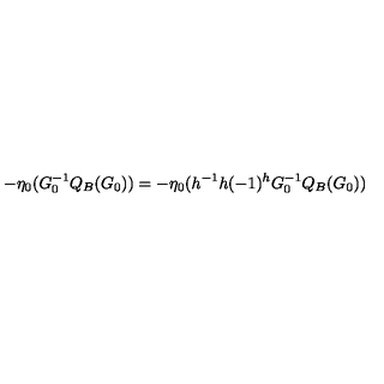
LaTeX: - \eta _ { 0 } ( G _ { 0 } ^ { - 1 } Q _ { B } ( G _ { 0 } ) ) = - \eta _ { 0 } ( h ^ { - 1 } h ( - 1 ) ^ { h } G _ { 0 } ^ { - 1 } Q _ { B } ( G _ { 0 } ) )